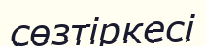
сөзтіркесі